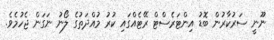
ނޫނީ ސަރުކާރުން ބޮޑު އިންޓަރެސްޓް ރޭޓެއްގައި ކުރު މުއްދަތުގެ ލޯނު ނަގަން ޖެހުމެވެ.